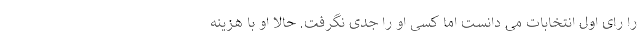
را رای اول انتخابات می دانست اما کسی او را جدی نگرفت. حالا او با هزینه